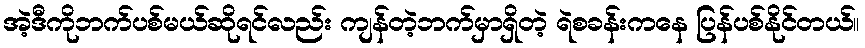
အဲ့ဒီကိုဘက်ပစ်မယ်ဆိုရင်လည်း ကျန်တဲ့ဘက်မှာရှိတဲ့ ရဲစခန်းကနေ ပြန်ပစ်နိုင်တယ်။